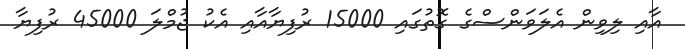
އާއި ލިވިން އެލަވަންސްގެ ގޮތުގައި 15000 ރުފިޔާއާއި އެކު ޖުމްލަ 45000 ރުފިޔާ